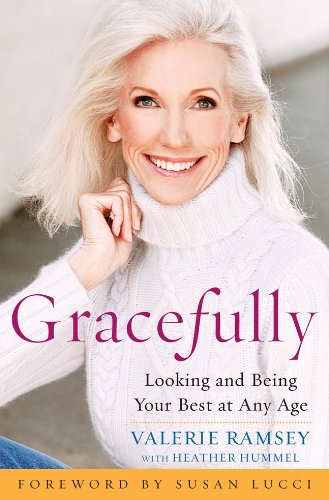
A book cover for Gracefully: Looking and Being Your Best at Any Age; Valerie Ramsey; Health, Fitness & Dieting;